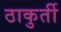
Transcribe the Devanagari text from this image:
ठाकुर्ती